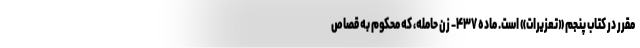
مقرر در کتاب پنجم «تعزیرات» است. ماده ۴۳۷- زن حامله، که محکوم به قصاص